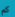
كم